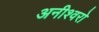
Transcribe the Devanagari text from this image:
अनीश्वरो